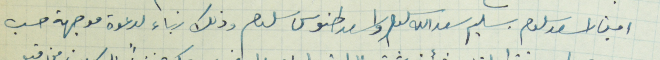
امين اسعد سلوم سليم سعدالله سلوم واسعد طنوس سلوم وذلك بناء لدعوة موجهة حسب